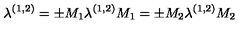
\lambda ^ { ( 1 , 2 ) } = \pm M _ { 1 } \lambda ^ { ( 1 , 2 ) } M _ { 1 } = \pm M _ { 2 } \lambda ^ { ( 1 , 2 ) } M _ { 2 }